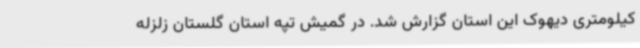
کیلومتری دیهوک این استان گزارش شد. در گمیش تپه استان گلستان زلزله